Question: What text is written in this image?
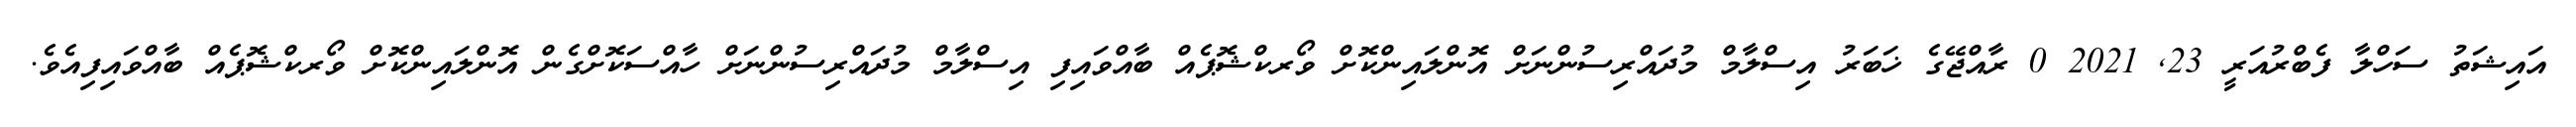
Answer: އައިޝަތު ސަހްލާ ފެބްރުއަރީ 23, 2021 0 ރާއްޖޭގެ ޚަބަރު އިސްލާމް މުދައްރިސުންނަށް އޮންލައިންކޮށް ވޯރކްޝޮޕެއް ބާއްވައިފި އިސްލާމް މުދައްރިސުންނަށް ހާއްސަކޮށްގެން އޮންލައިންކޮށް ވޯރކްޝޮޕެއް ބާއްވައިފިއެވެ.